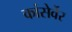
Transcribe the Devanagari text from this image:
कांसेर्वेर